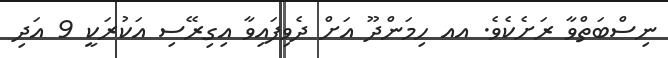
ނިސްބަތްވާ ރަށެކެވެ. އއ ހިމަންދޫ އަށް ދެވިފައިވާ އިގިރޭސި އަކުރަކީ 9 އަދި